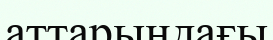
аттарындағы